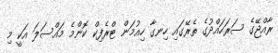
ރާއްޖޭގެ ސަރަހައްދުގެ ތެރޭގައި ހިނގާ ހިއުމަން ޓްރެފިކް ކޮންމެ މައްސަލަ އަކީ މި